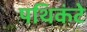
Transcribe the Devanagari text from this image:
पथिकंटे